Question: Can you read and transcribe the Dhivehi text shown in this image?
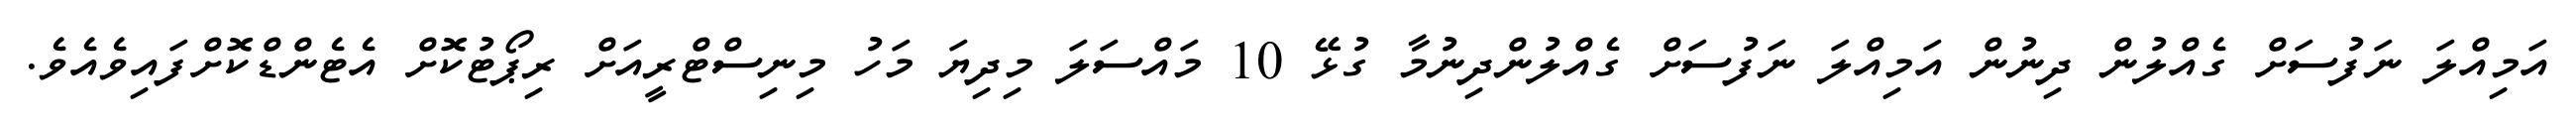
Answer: އަމިއްލަ ނަފުސަށް ގެއްލުން ދިނުން އަމިއްލަ ނަފުސަށް ގެއްލުންދިނުމާ ގުޅޭ 10 މައްސަލަ މިދިޔަ މަހު މިނިސްޓްރީއަށް ރިޕޯޓުކޮށް އެޓެންޑްކޮށްފައިވެއެވެ.